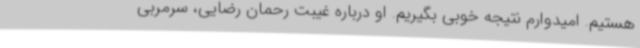
هستیم. امیدوارم نتیجه خوبی بگیریم. او درباره غیبت رحمان رضایی، سرمربی